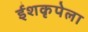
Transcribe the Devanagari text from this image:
ईशकृपेला